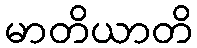
မာတိယာတိ